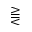
\gtreqqless